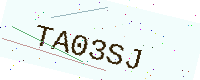
Text: TA03SJ